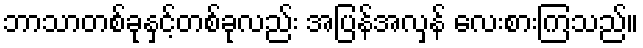
ဘာသာတစ်ခုနှင့်တစ်ခုလည်း အပြန်အလှန် လေးစားကြသည်။